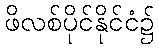
ဖိလစ်ပိုင်နိုင်ငံ၌